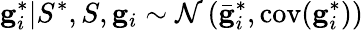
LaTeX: \mathbf{g}_{i}^{*}|S^{*},S,\mathbf{g}_{i}\sim\mathcal{N}\left(\bar{\mathbf{g}}_{i}^{*},\mathrm{cov}(\mathbf{g}_{i}^{*})\right)